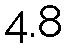
4.8